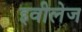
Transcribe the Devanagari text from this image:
इवीलेज